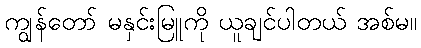
ကျွန်တော် မနှင်းမြူကို ယူချင်ပါတယ် အစ်မ။